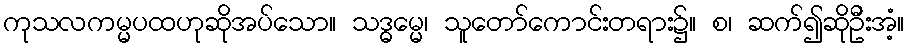
ကုသလကမ္မပထဟုဆိုအပ်သော။ သဒ္ဓမ္မေ၊ သူတော်ကောင်းတရား၌။ စ၊ ဆက်၍ဆိုဦးအံ့။